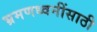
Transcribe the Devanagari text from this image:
भ्रमणध्वनींसाठी